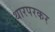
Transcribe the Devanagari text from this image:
थारपरकर